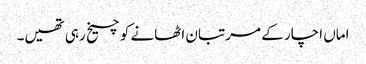
اماں اچار کے مرتبان اٹھانے کو چیخ رہی تھیں۔